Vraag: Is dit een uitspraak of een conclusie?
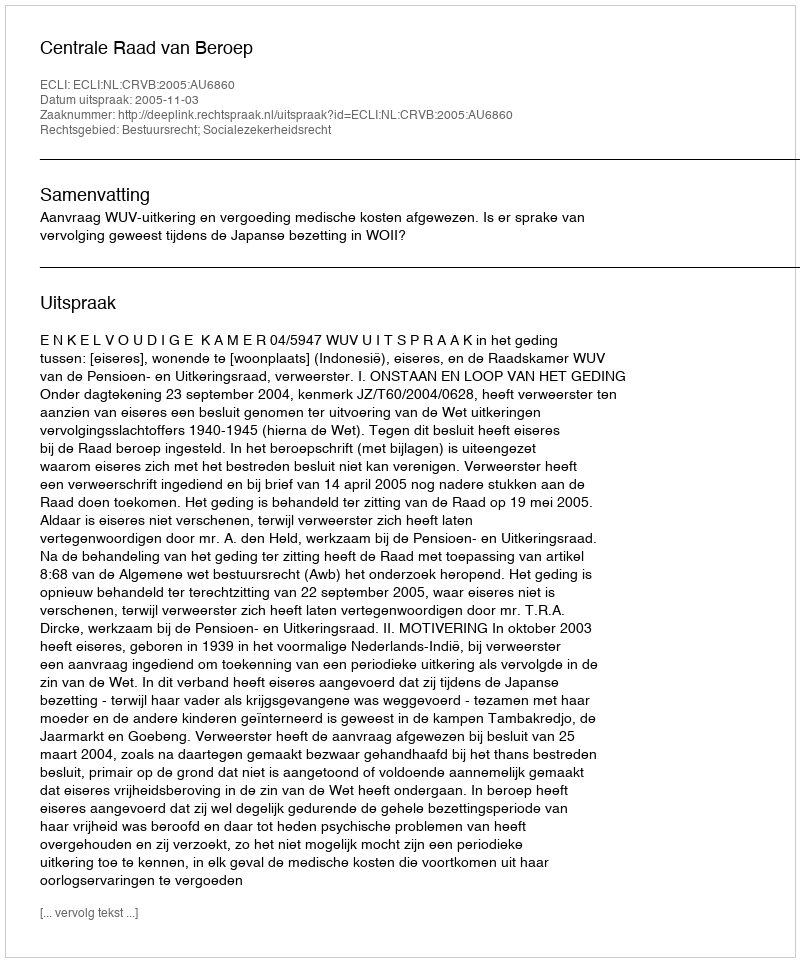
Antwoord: Uitspraak